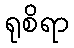
ရုစိရာ